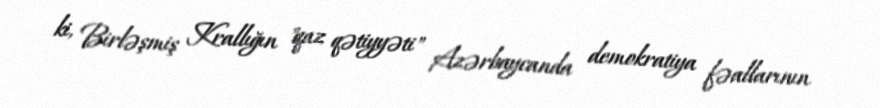
ki, Birləşmiş Krallığın "qaz qətiyyəti" Azərbaycanda demokratiya fəallarının